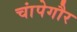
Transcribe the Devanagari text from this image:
चांपेगौर